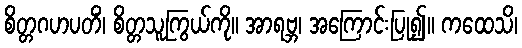
စိတ္တဂဟပတိံ၊ စိတ္တသူကြွယ်ကို။ အာရဗ္ဘ၊ အကြောင်းပြု၍။ ကထေသိ၊